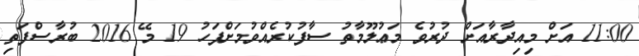
11:00 އަށް މިއިދާރާއަށް ދުރުވެ މަޢުލޫމާތު ސާފުކުރެއްވުމަށްފަހު 19 މޭ 2016 ބުރާސްފަތި